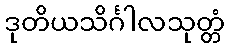
ဒုတိယသိင်္ဂါလသုတ္တံ